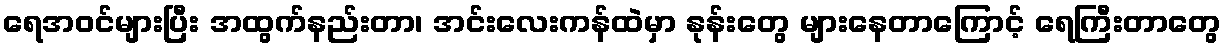
ရေအဝင်များပြီး အထွက်နည်းတာ၊ အင်းလေးကန်ထဲမှာ နုန်းတွေ များနေတာကြောင့် ရေကြီးတာတွေ